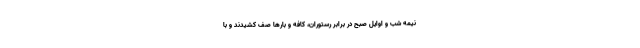
نیمه شب و اوایل صبح در برابر رستوران، کافه و بارها صف کشیدند و با